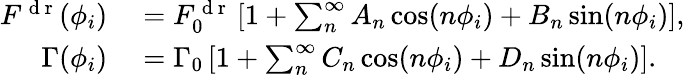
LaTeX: \begin{array}{rl}{F^{\mathrm{~d~r~}}(\phi_{i})}&{{}=F_{0}^{\mathrm{~d~r~}}\left[1+\sum_{n}^{\infty}A_{n}\cos(n\phi_{i})+B_{n}\sin(n\phi_{i})\right],}\\ {\Gamma(\phi_{i})}&{{}=\Gamma_{0}\left[1+\sum_{n}^{\infty}C_{n}\cos(n\phi_{i})+D_{n}\sin(n\phi_{i})\right].}\end{array}